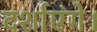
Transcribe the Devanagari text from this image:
दर्शाएंगे।